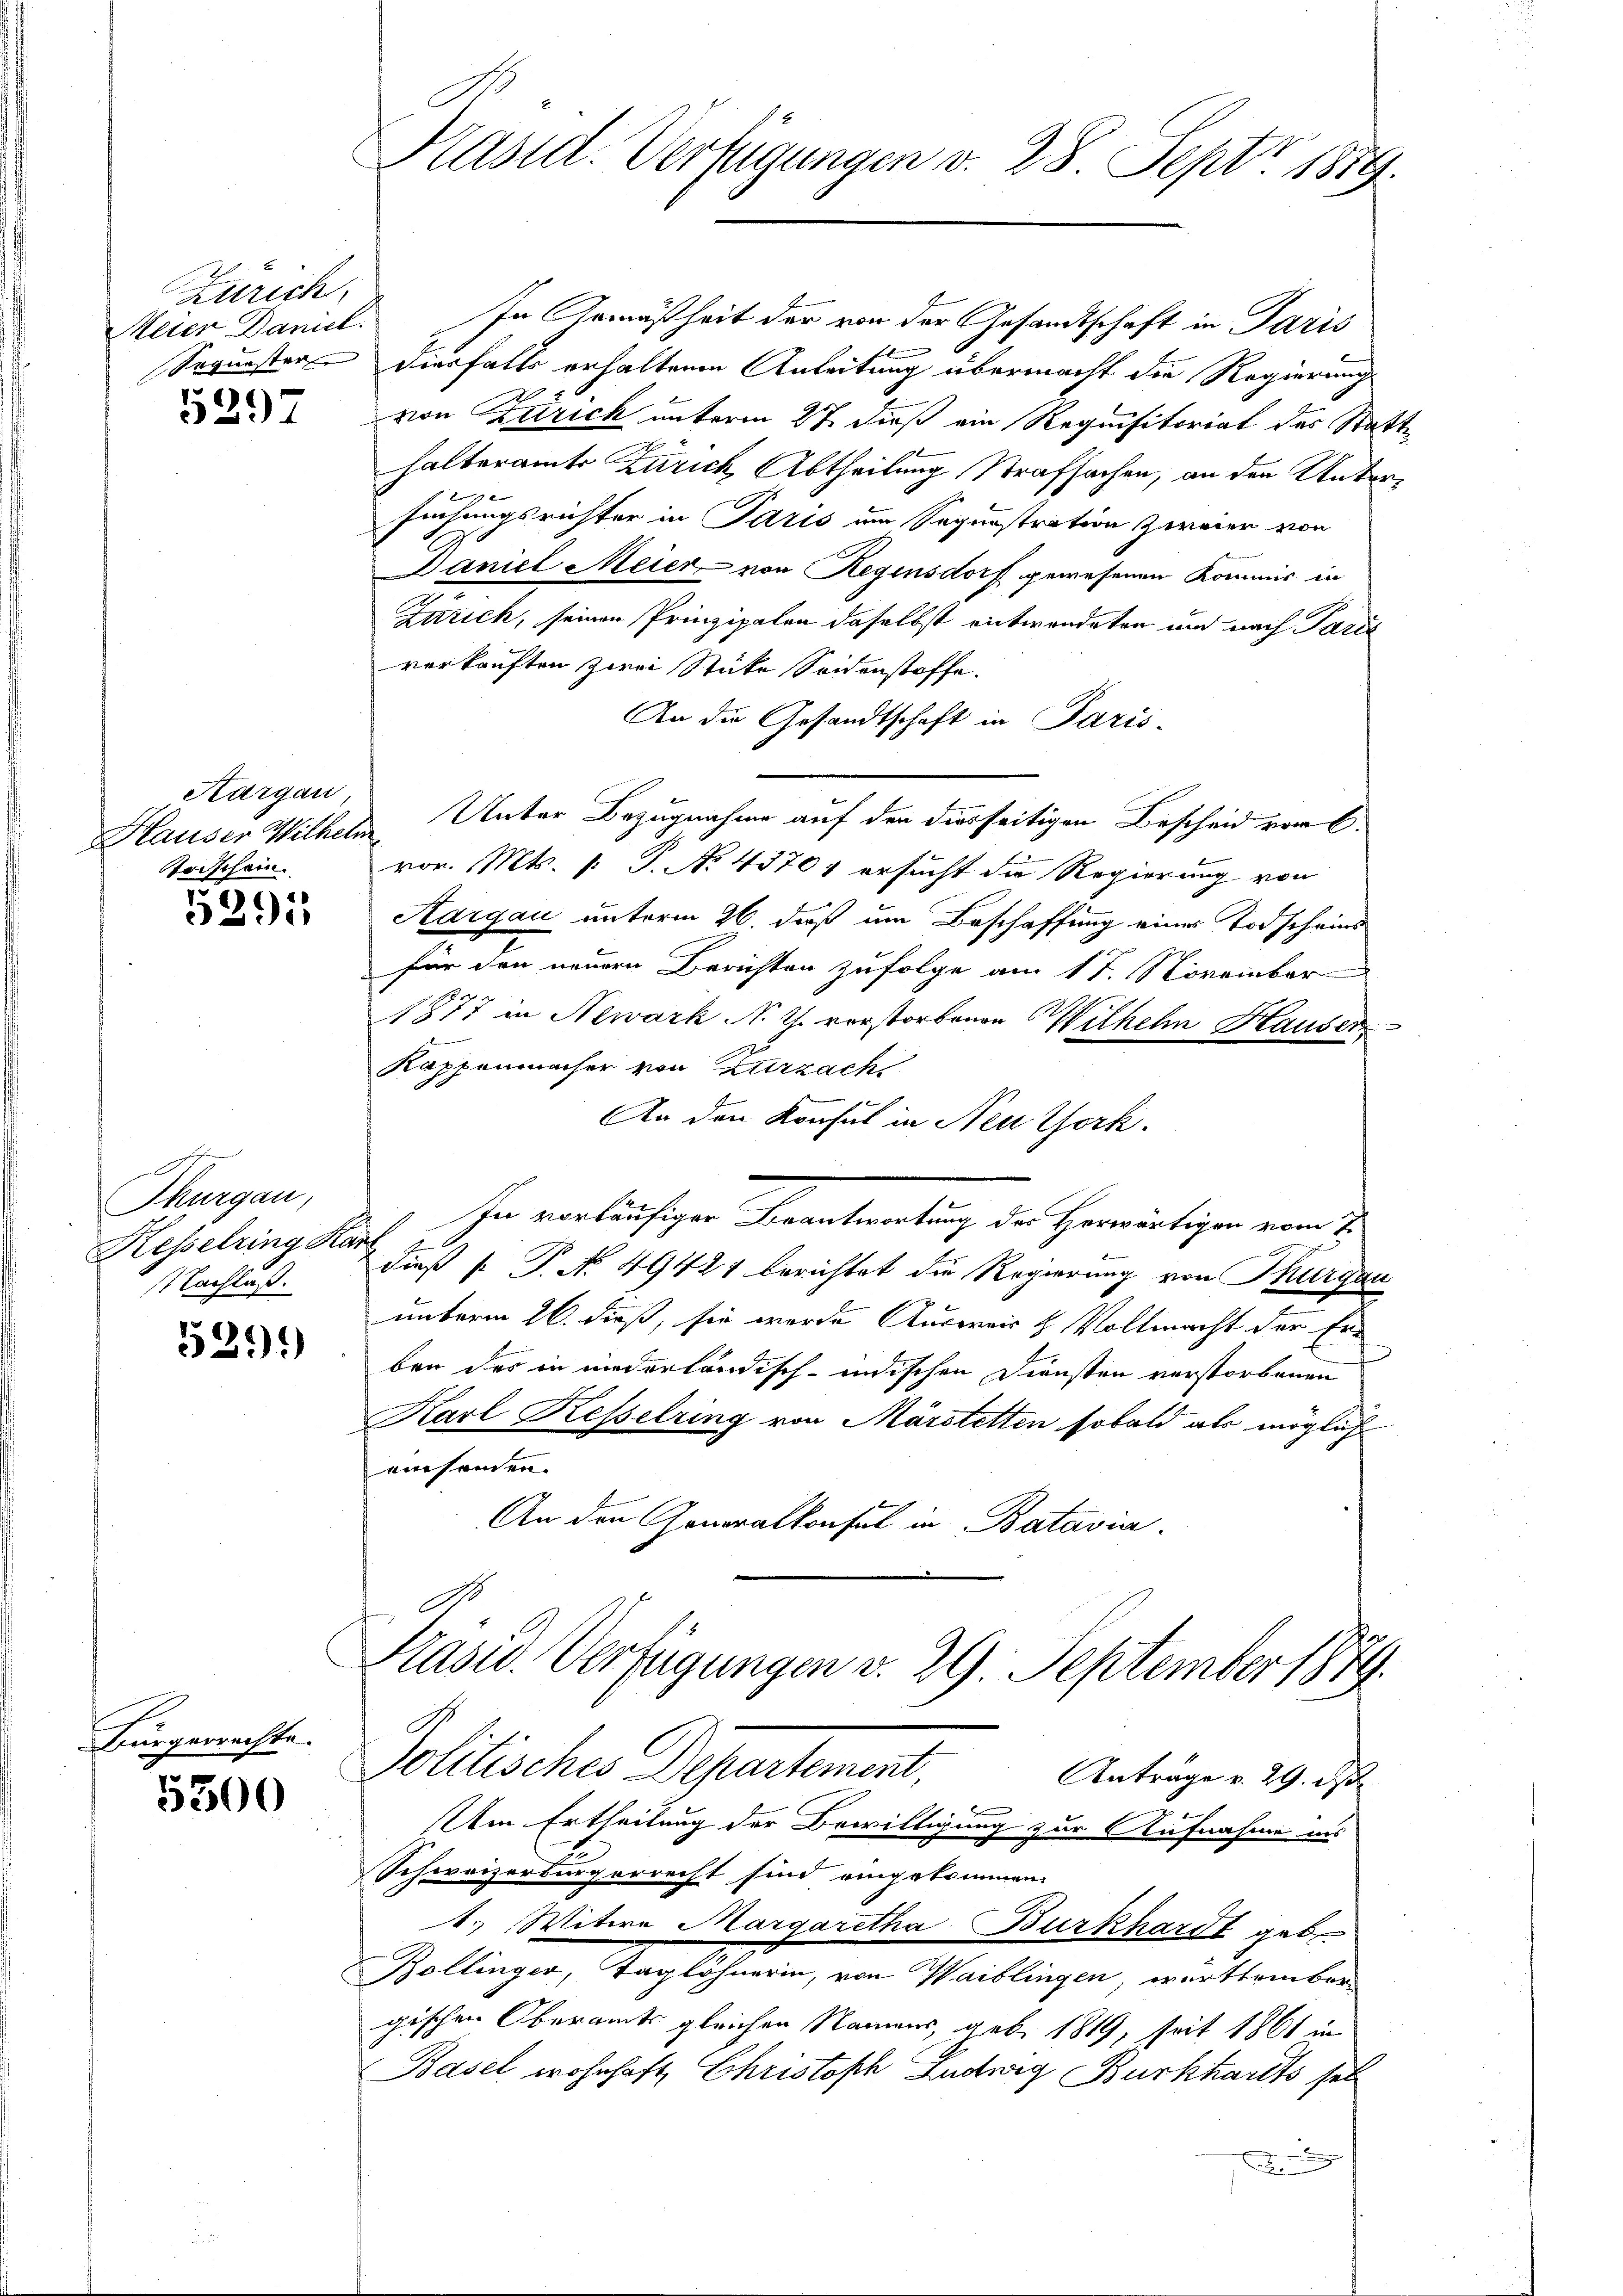
Zürich
Meier Daniel

5297

Kargau,
Todschein

5391

Thurgau,
Kesselrina Karz
Nachlaß.

5291)

Bürgerrechte.

5300

Kastet. Verfügungen d. 28. Sept. 1889.

In Gemäßheit der von der Gesandtschaft in Paris
Sequester diesfalls erhaltenen Anleitung übermacht die Regierung
A
von Zürich unterm 27. dieß ein Requisitorial des Statthalteramts Zürich Abtheilung Strafsachen, an den Unter¬
2
suchungsrichter in Paris um Segunstration zweier von
Daniel Meier von Regensdorf gewesenen Kommis in
Zürich, seiner Prinzipalen daselbst entwendeten und nach Paris
verkauften zwei Stücke Seidenstoffe.
An die Gesandtschaft in Paris-
Hauser Wilhelm. Unter Bezugnahme auf den diesseitigen Bescheid vor C.
vor. Mts. p. P. No. 4370, ersucht die Regierung von
Aargau unterm 26. daß um Beschaffung eines Todscheins
für den neuern Berichten zufolge am 17. November
1877 in Newark N. Th. verstorbenen Wilhelm Hauser
.
Kappenmacher von Zurzach
An den Konsul in Neu York.
In vorläufiger Beantwortung der Herwärtigen vom 7.
dieß [ P. No. 49421 berichtet die Regierung von Thurgau
unterm 26. dieß, sie wurde Ausweis & Vollmacht der Erben des in niederländisch-indischen Diensten verstorbenen
Karl Resselring von Märstetten sobald als möglich
einsamen.
An den Generalkonsul in Batavia
Präsid. Verfügungen v. 29. September 1879.
Politisches Departement,
Anträge v. 29. ds.
Um Ertheilung der Bewilligung zur Aufnahme und
Schweizerbürgerrecht sind eingekommen.
1. Witwe Margaretha Burkhardt geb.
Bollinger, Taglöhnerin, von Waiblingen, württember
gischen Oberamts gleichen Namens, geb. 1819, seit 1861 in
Basel wohnhaft, Christoph Ludwig Burkhardts sel